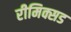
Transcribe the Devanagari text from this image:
रीमिक्सड